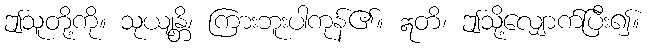
ဤသူတို့ကို။ သုယျန္တိ၊ ကြားဘူးပါကုန်၏။ ဣတိ၊ ဤသို့လျှောက်ပြီး၍။